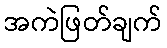
အကဲဖြတ်ချက်